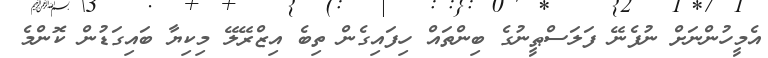
އެމީހުންނަށް ނުފެނޭ ފަލަސްޠީނުގެ ބިންތައް ހިފައިގެން ތިބެ އިޒްރޭލޭ މިކިޔާ ބައިގަޑުން ކޮންމެ